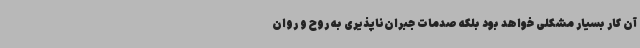
آن کار بسیار مشکلی خواهد بود بلکه صدمات جبران‌ناپذیری به روح و روان